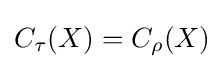
C_{\tau }(X)=C_{\rho }(X)